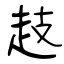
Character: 䞚